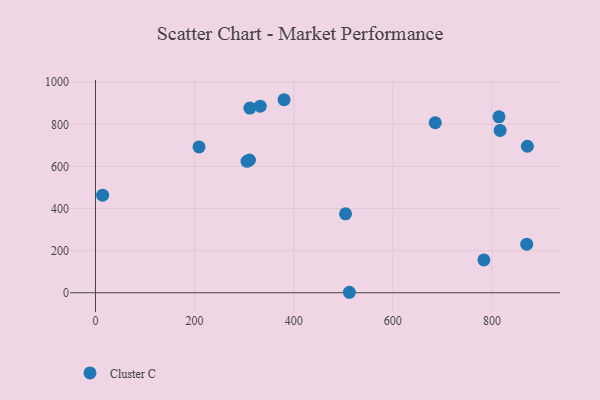
{"axis": {"x": "Engine Size", "y": "Demand"}, "legend": ["Cluster C"], "data": [{"x": "208.9", "y": 692.6, "type": "Cluster C"}, {"x": "816.4", "y": 771.1, "type": "Cluster C"}, {"x": "380.5", "y": 917.1, "type": "Cluster C"}, {"x": "14.4", "y": 463.6, "type": "Cluster C"}, {"x": "685.5", "y": 808.1, "type": "Cluster C"}, {"x": "504.5", "y": 374.8, "type": "Cluster C"}, {"x": "305.7", "y": 624.2, "type": "Cluster C"}, {"x": "311.5", "y": 877.2, "type": "Cluster C"}, {"x": "870.1", "y": 230.9, "type": "Cluster C"}, {"x": "512.3", "y": 2.1, "type": "Cluster C"}, {"x": "783.6", "y": 156.0, "type": "Cluster C"}, {"x": "871.4", "y": 695.9, "type": "Cluster C"}, {"x": "332.4", "y": 886.5, "type": "Cluster C"}, {"x": "814.1", "y": 835.7, "type": "Cluster C"}, {"x": "310.7", "y": 630.6, "type": "Cluster C"}]}